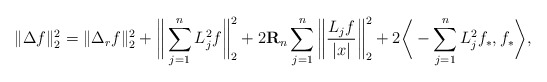
\begin{align*} \|\Delta f\|_{2}^2 = \|\Delta_r f \|_{2}^2 + \bigg\| \sum_{j=1}^n L_j^2f \bigg\|_{2}^2 + 2\mathbf{R}_{n} \sum_{j=1}^n \bigg\| \frac{L_jf}{|x|} \bigg\|_{2}^2 + 2\bigg\langle -\sum_{j=1}^n L_j^2 f_*, f_* \bigg\rangle,\end{align*}